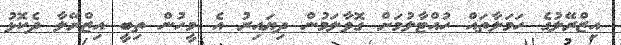
އިޒްރޭލުގެ ހަމަލާތައް ހުއްޓާލުމަށް ގޮވާލަމުން ދިޔައިރު އެ މީހުން ތިބީ އިޒްރޭލާ ދެކޮޅު